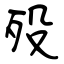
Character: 殁